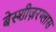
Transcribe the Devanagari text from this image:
बेस्शीज़रग्लास